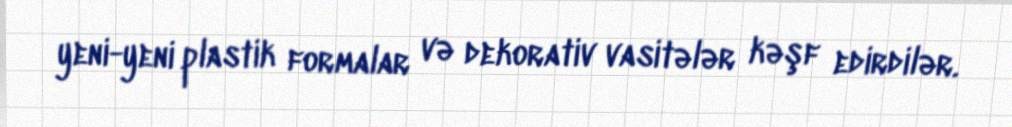
yeni-yeni plastik formalar və dekorativ vasitələr kəşf edirdilər.